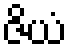
ဇိယံ